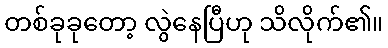
တစ်ခုခုတော့ လွဲနေပြီဟု သိလိုက်၏။